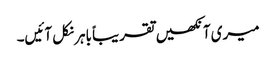
میری آنکھیں تقریباً باہر نکل آئیں۔